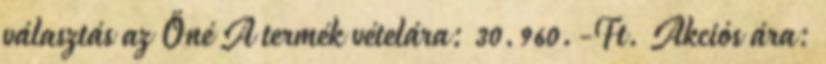
választás az Öné A termék vételára: 30.960.-Ft. Akciós ára: